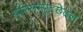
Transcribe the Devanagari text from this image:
परिसम्पुटछेदन